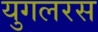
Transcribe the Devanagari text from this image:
युगलरस